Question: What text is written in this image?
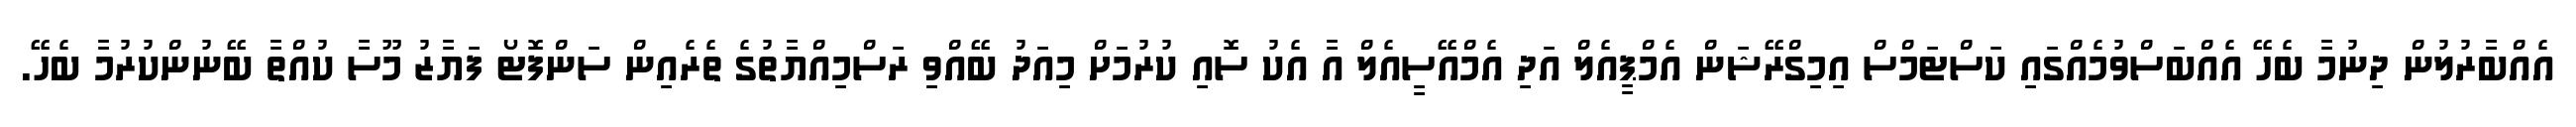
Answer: އެއްބާރުލުން ދިނުމާ ބެހޭ އެއްބަސްވުމެއްގައި ކަސްޓަމްސް އިމިގްރޭޝަން އެމްޕީއެލް އަދި އެމްއޭސީއެލް އާ އެކު ސޮއި ކުރުމަށް މިއަދު ބޭއްވި ރަސްމިއްޔާތުގެ ތެރެއިން ސަންފޮޓޯ ފަޔާޒު މޫސާ ކުއްތާ ބޭނުންކުރުމާ ބެހޭ.